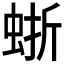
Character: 𧋍